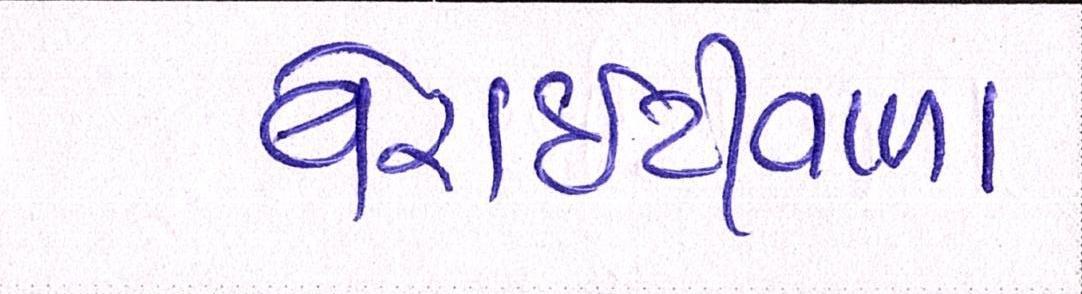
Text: વેરાઇટીવાળા